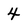
Character: 4